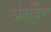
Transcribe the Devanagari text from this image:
अंतर्विष्‍ट